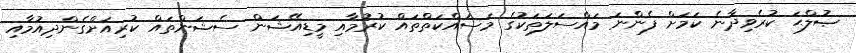
ޞުލްޙަ ކުރެވިދާނެ ކަމަށް ފެންނަ މައްސަލަތަކުގެ މަސައްކަތްތައް ކުރުމާއި މީޑިއޭޝަން ސެޝަންތައް ކުރިއަށްގެންދިއުމާއި